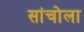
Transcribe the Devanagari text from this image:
सांचोला